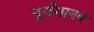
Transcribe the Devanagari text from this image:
पूर्वमानव